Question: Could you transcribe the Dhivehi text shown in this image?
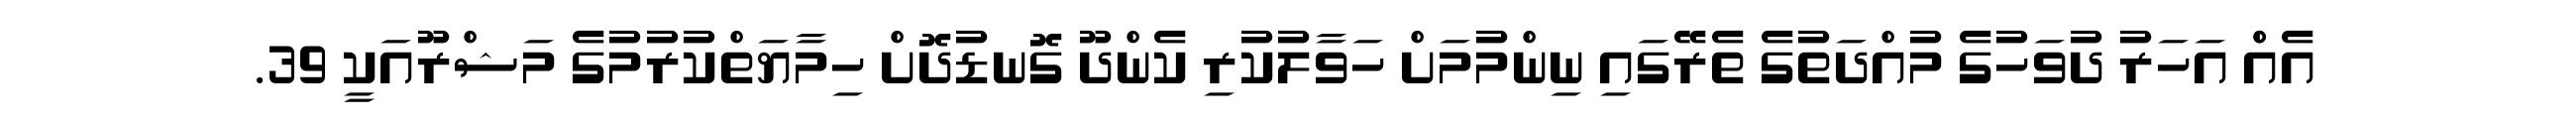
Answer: އެއްް އަހަރު ދުވަހުގެ މުއްދަތުގެ ތެރޭގައި ނިންމުމަށް ހަވާލުކުރި ކެންދޫ ގޮނޑުދޮށް ހިމާޔަތްކުރުމުގެ މަޝްރޫއަކީ 39.